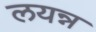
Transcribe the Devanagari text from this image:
लयन्न